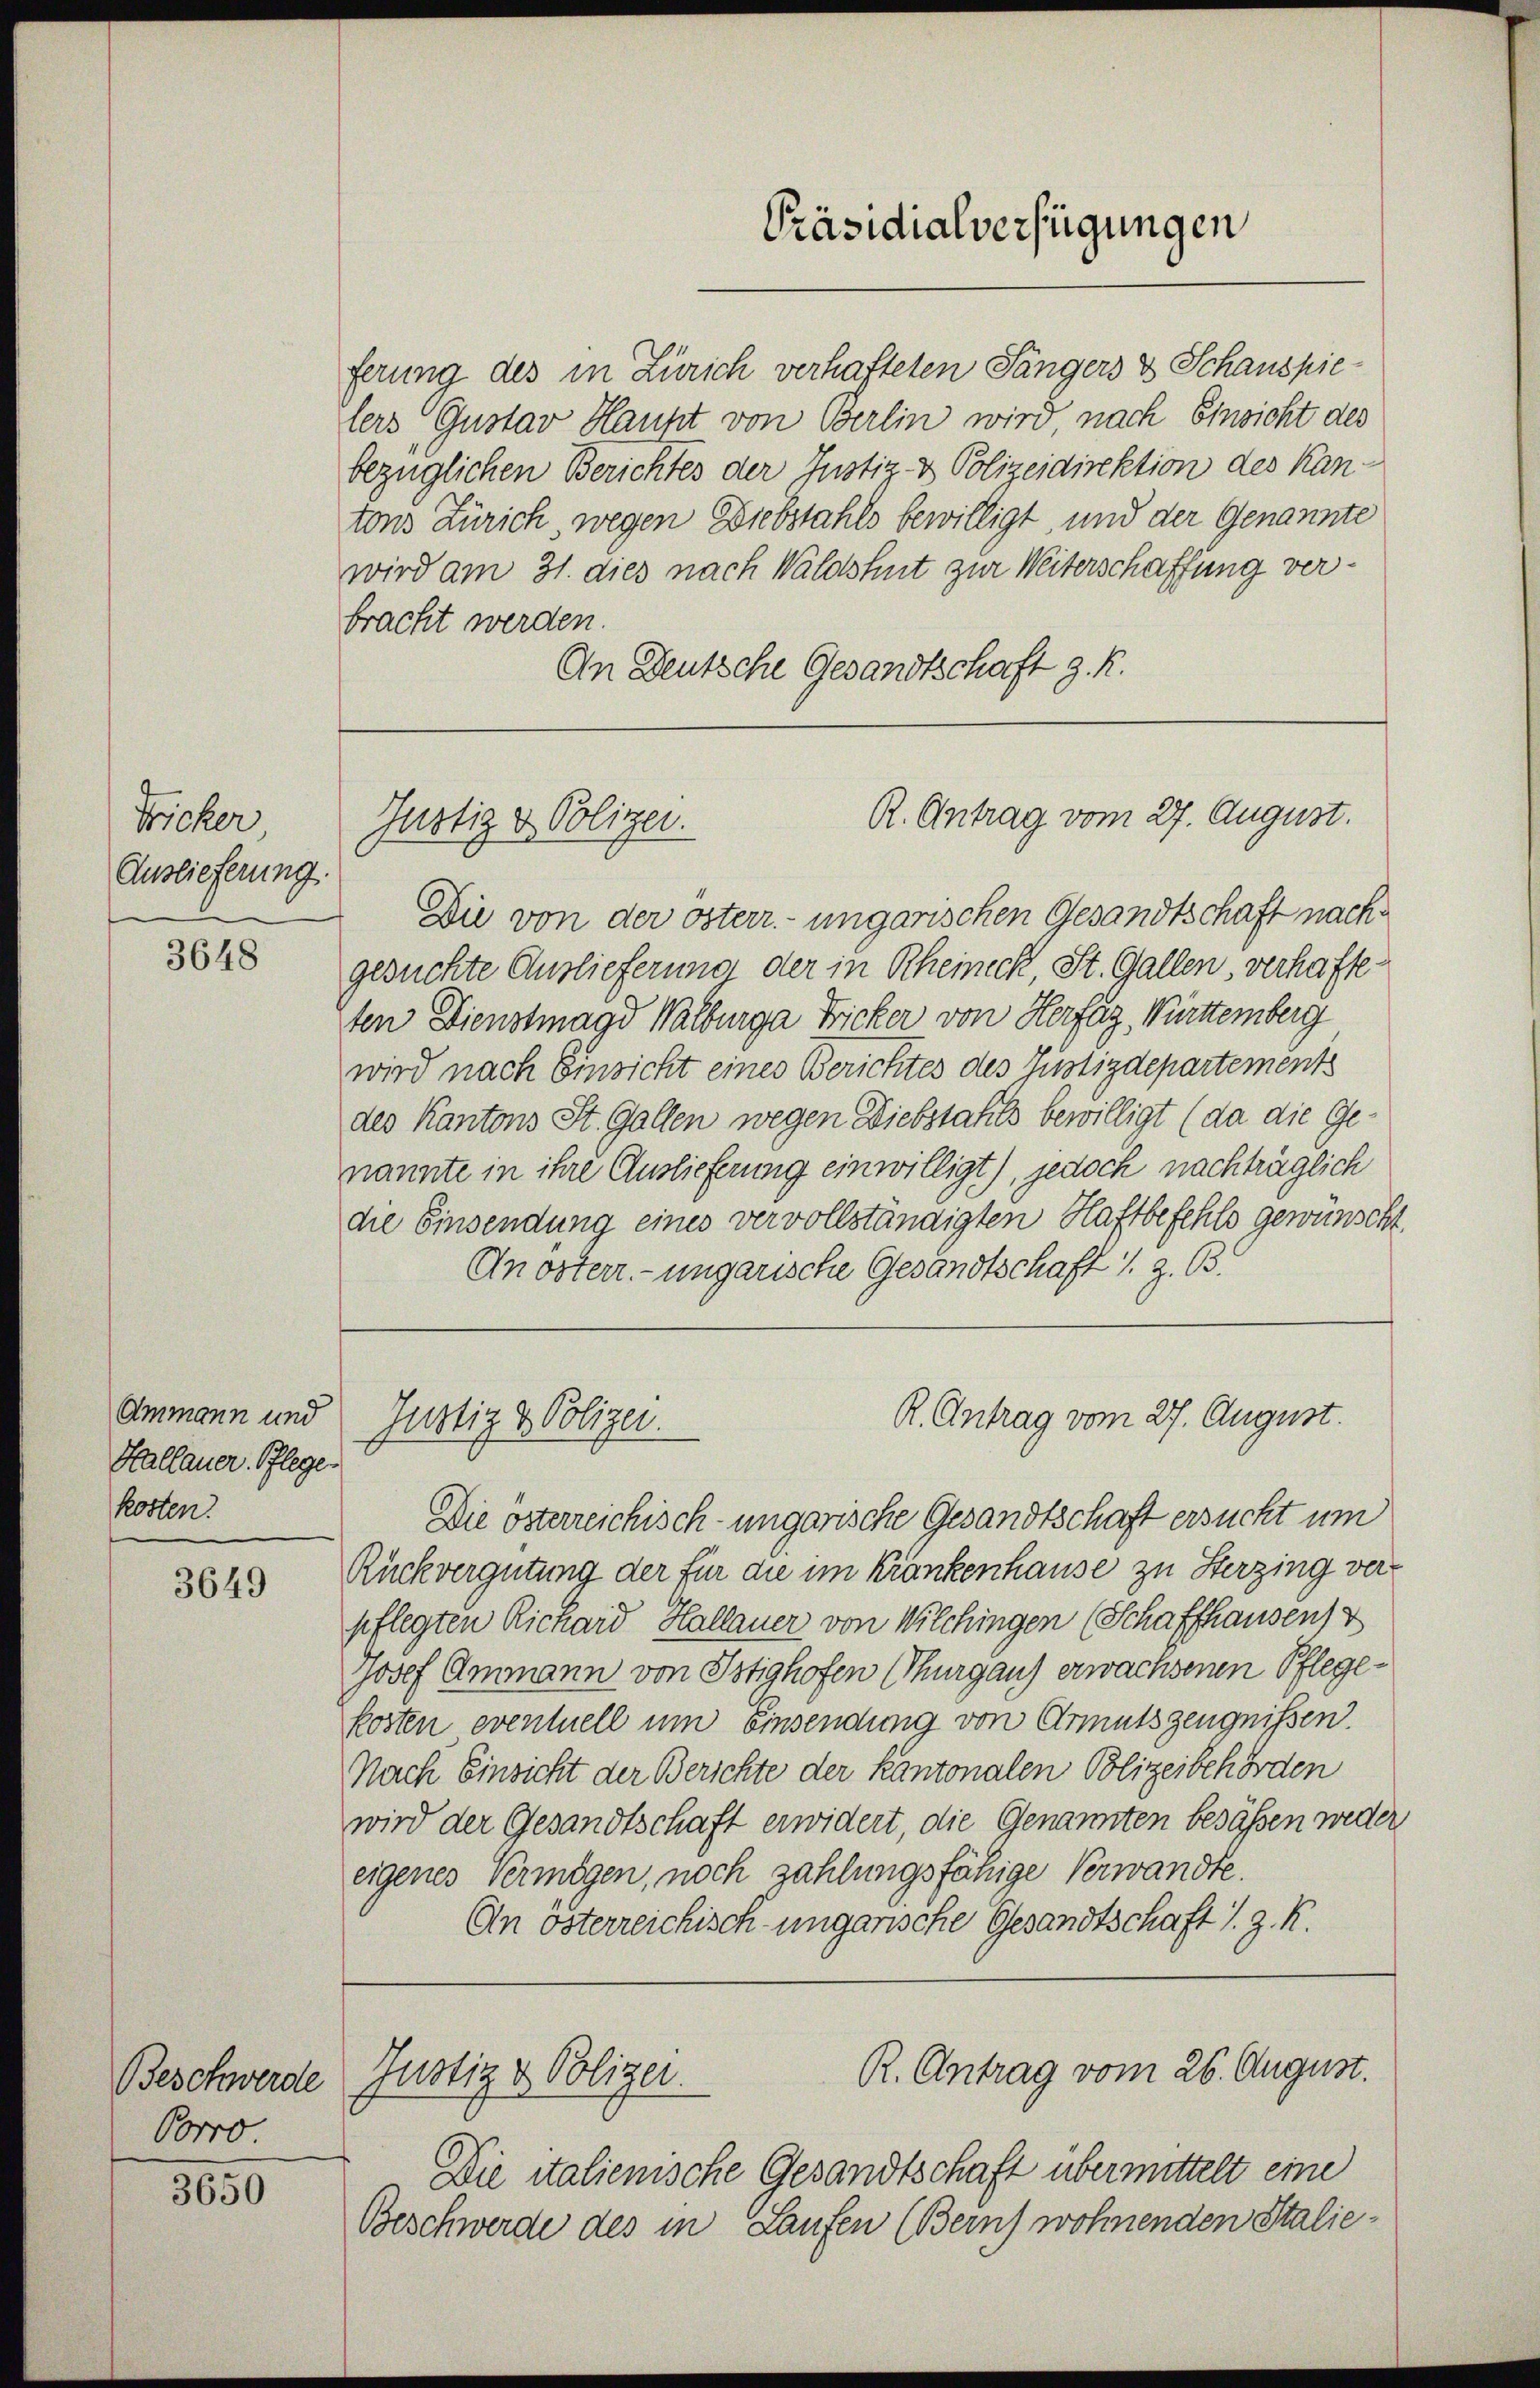
Fricker
Auslieferung.

3648

Ammann und
Kallauer Pflege
kosten.

3649

Beschwerde
Porro.

3650

ferung des in Zürich verhafteten Sängers & Schauspielers Gustav Haupt von Berlin wird, nach Einsicht des
bezüglichen Berichtes der Justiz- & Polizeidirektion des Kantons Zürich, wegen Diebstahls bewilligt, und der Genannte
wird am 31. dies nach Waldshut zur Weiterschaffung verbracht werden.
An Deutsche Gesandtschaft z. R.

Gustiz & Polizei.

Die von der österr. ungarischen Gesandtschaft nachgesuchte Auslieferung der in Rheineck, St. Gallen, verhafte-
ten Dienstmagd Walburga Fricker von Herfüg, Württemberg
wird nach Einsicht eines Berichtes des Justizdepartements
des Kantons St. Gallen wegen Diebstahls bewilligt (da die Genannte in ihre Auslieferung einwilligt, jedoch nachträglich
die Einsendung eines vervollständigten Haftbefehls gewünscht.
Anosterr.-ungarische Gesandtschaft s. z. B.

Justiz & Polizei.

Justiz & Polizei.

Präsidialverfügungen

R. Antrag vom 27. August.

R. Antrag vom 27. August.

Die österreichisch-ungarische Gesandtschaft ersucht um
Rückvergütung der für die im Krankenhause zu Sterzing verpflegten Richard Hallauer von Wilchingen (Schaffhausen)
Josef Ammann von Istighofen (Thurgaus erwachsenen Pflegekosten eventuell um Einsendung von Armutszeugnissen.
Nach Einsicht der Berichte der Kantonalen Polizeibehörden
wird der Gesandtschaft erwidert, die Genannten besässen weder
eigenes Vermögen, noch zahlungsfähige Verwandte.
An österreichisch-ungarische Gesandtschaft 1. Z. R.

Die italienische Gesandtschaft übermittelt eine
Beschwerde des in Laufen (Bern) wohnenden Stalie-

R. Antrag vom 26. August.